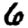
Digit: 6